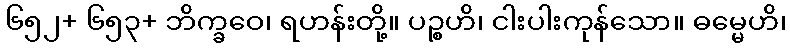
၆၅၂+ ၆၅၃+ ဘိက္ခဝေ၊ ရဟန်းတို့။ ပဉ္စဟိ၊ ငါးပါးကုန်သော။ ဓမ္မေဟိ၊